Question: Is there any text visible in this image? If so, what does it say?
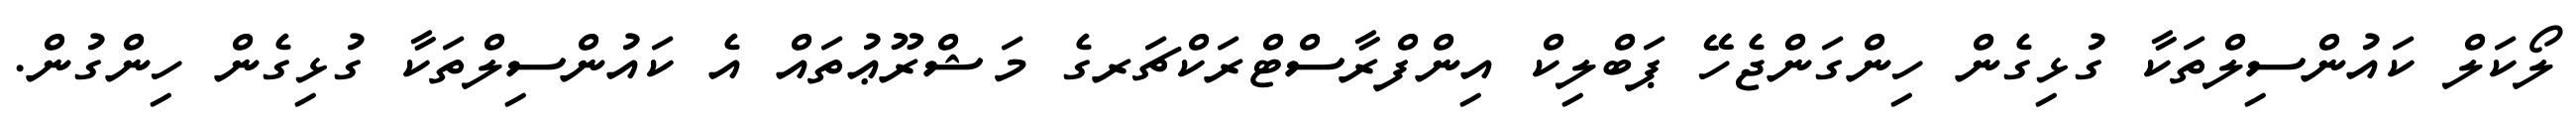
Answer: ލޯކަލް ކައުންސިލްތަކާ ގުޅިގެން ހިންގަންޖެހޭ ޕަބްލިކް އިންފްރާސްޓްރަކްޗަރގެ މަޝްރޫޢުތައް އެ ކައުންސިލްތަކާ ގުޅިގެން ހިންގުން.